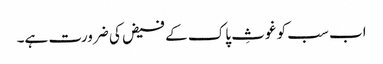
اب سب کو غوثِ پاک کے فیض کی ضرورت ہے۔